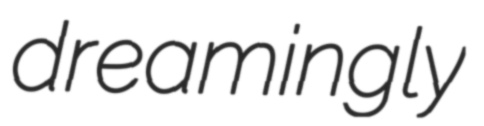
dreamingly